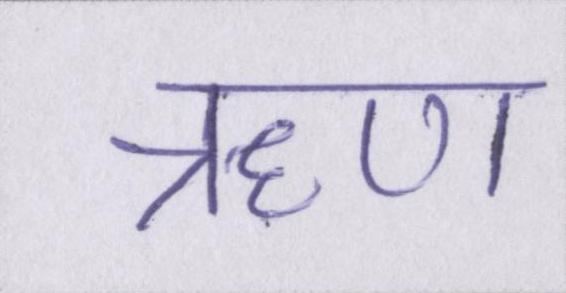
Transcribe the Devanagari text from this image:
ॠण